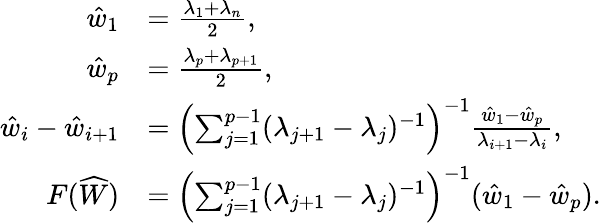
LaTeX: \begin{array}{rl}{\hat{w}_{1}}&{=\frac{\lambda_{1}+\lambda_{n}}{2},}\\ {\hat{w}_{p}}&{=\frac{\lambda_{p}+\lambda_{p+1}}{2},}\\ {\hat{w}_{i}-\hat{w}_{i+1}}&{=\left(\sum_{j=1}^{p-1}(\lambda_{j+1}-\lambda_{j})^{-1}\right)^{-1}\frac{\hat{w}_{1}-\hat{w}_{p}}{\lambda_{i+1}-\lambda_{i}},}\\ {F(\widehat{W})}&{=\left(\sum_{j=1}^{p-1}(\lambda_{j+1}-\lambda_{j})^{-1}\right)^{-1}(\hat{w}_{1}-\hat{w}_{p}).}\end{array}